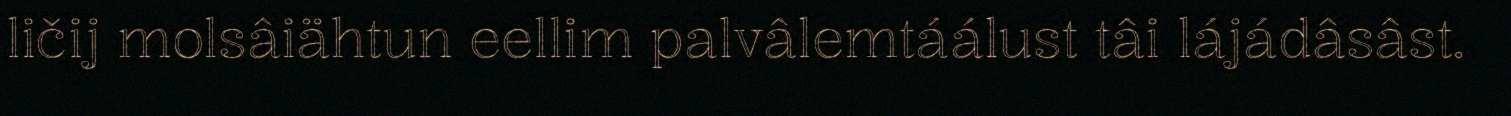
ličij molsâiähtun eellim palvâlemtáálust tâi lájádâsâst.